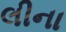
લીના